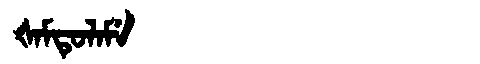
Manchu: ᡧᠠᠮᡨᡠᠯᠠᠮᡝ
Romanization: ŠAMTULAME